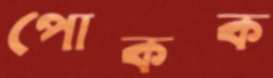
পোকক